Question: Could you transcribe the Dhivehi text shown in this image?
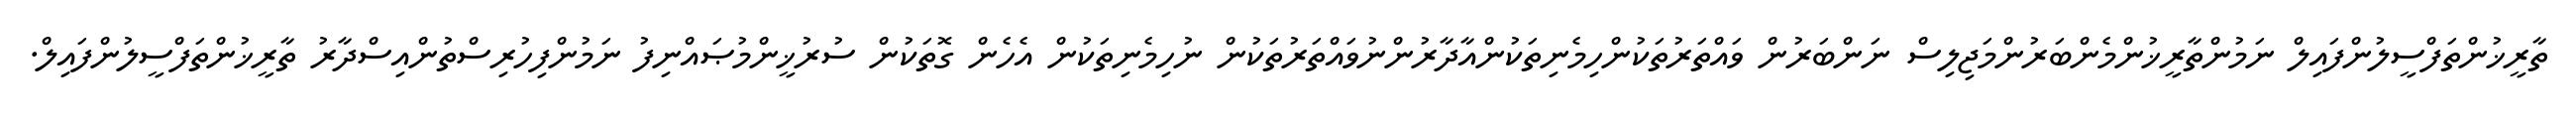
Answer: ތާރީޚުންތަފްސީލުންފައިލް ނަމުންތާރީޚުންމެންބަރުންމަޖިލިސް ނަންބަރުން ވައްތަރުތަކުންހިމެނިތަކުންއާދާރުންނުވައްތަރުތަކުން ނުހިމެނިތަކުން އެހެން ގޮތަކުން ސުރުޚީންމުޞައްނިފު ނަމުންފިހުރިސްތުންއިސްދާރު ތާރީޚުންތަފްސީލުންފައިލް.